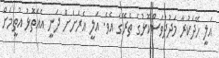
އަލީ ހޭދަކުރާ މަދުދުވަސްކޮޅުގެ ތެރޭގަ އެވެ. އަލީ އެރަށަށް ދަނީ އެއަތޮޅު އުތީމަށް